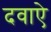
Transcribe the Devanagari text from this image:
दवाऐ